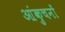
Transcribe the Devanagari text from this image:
आंकुचनों